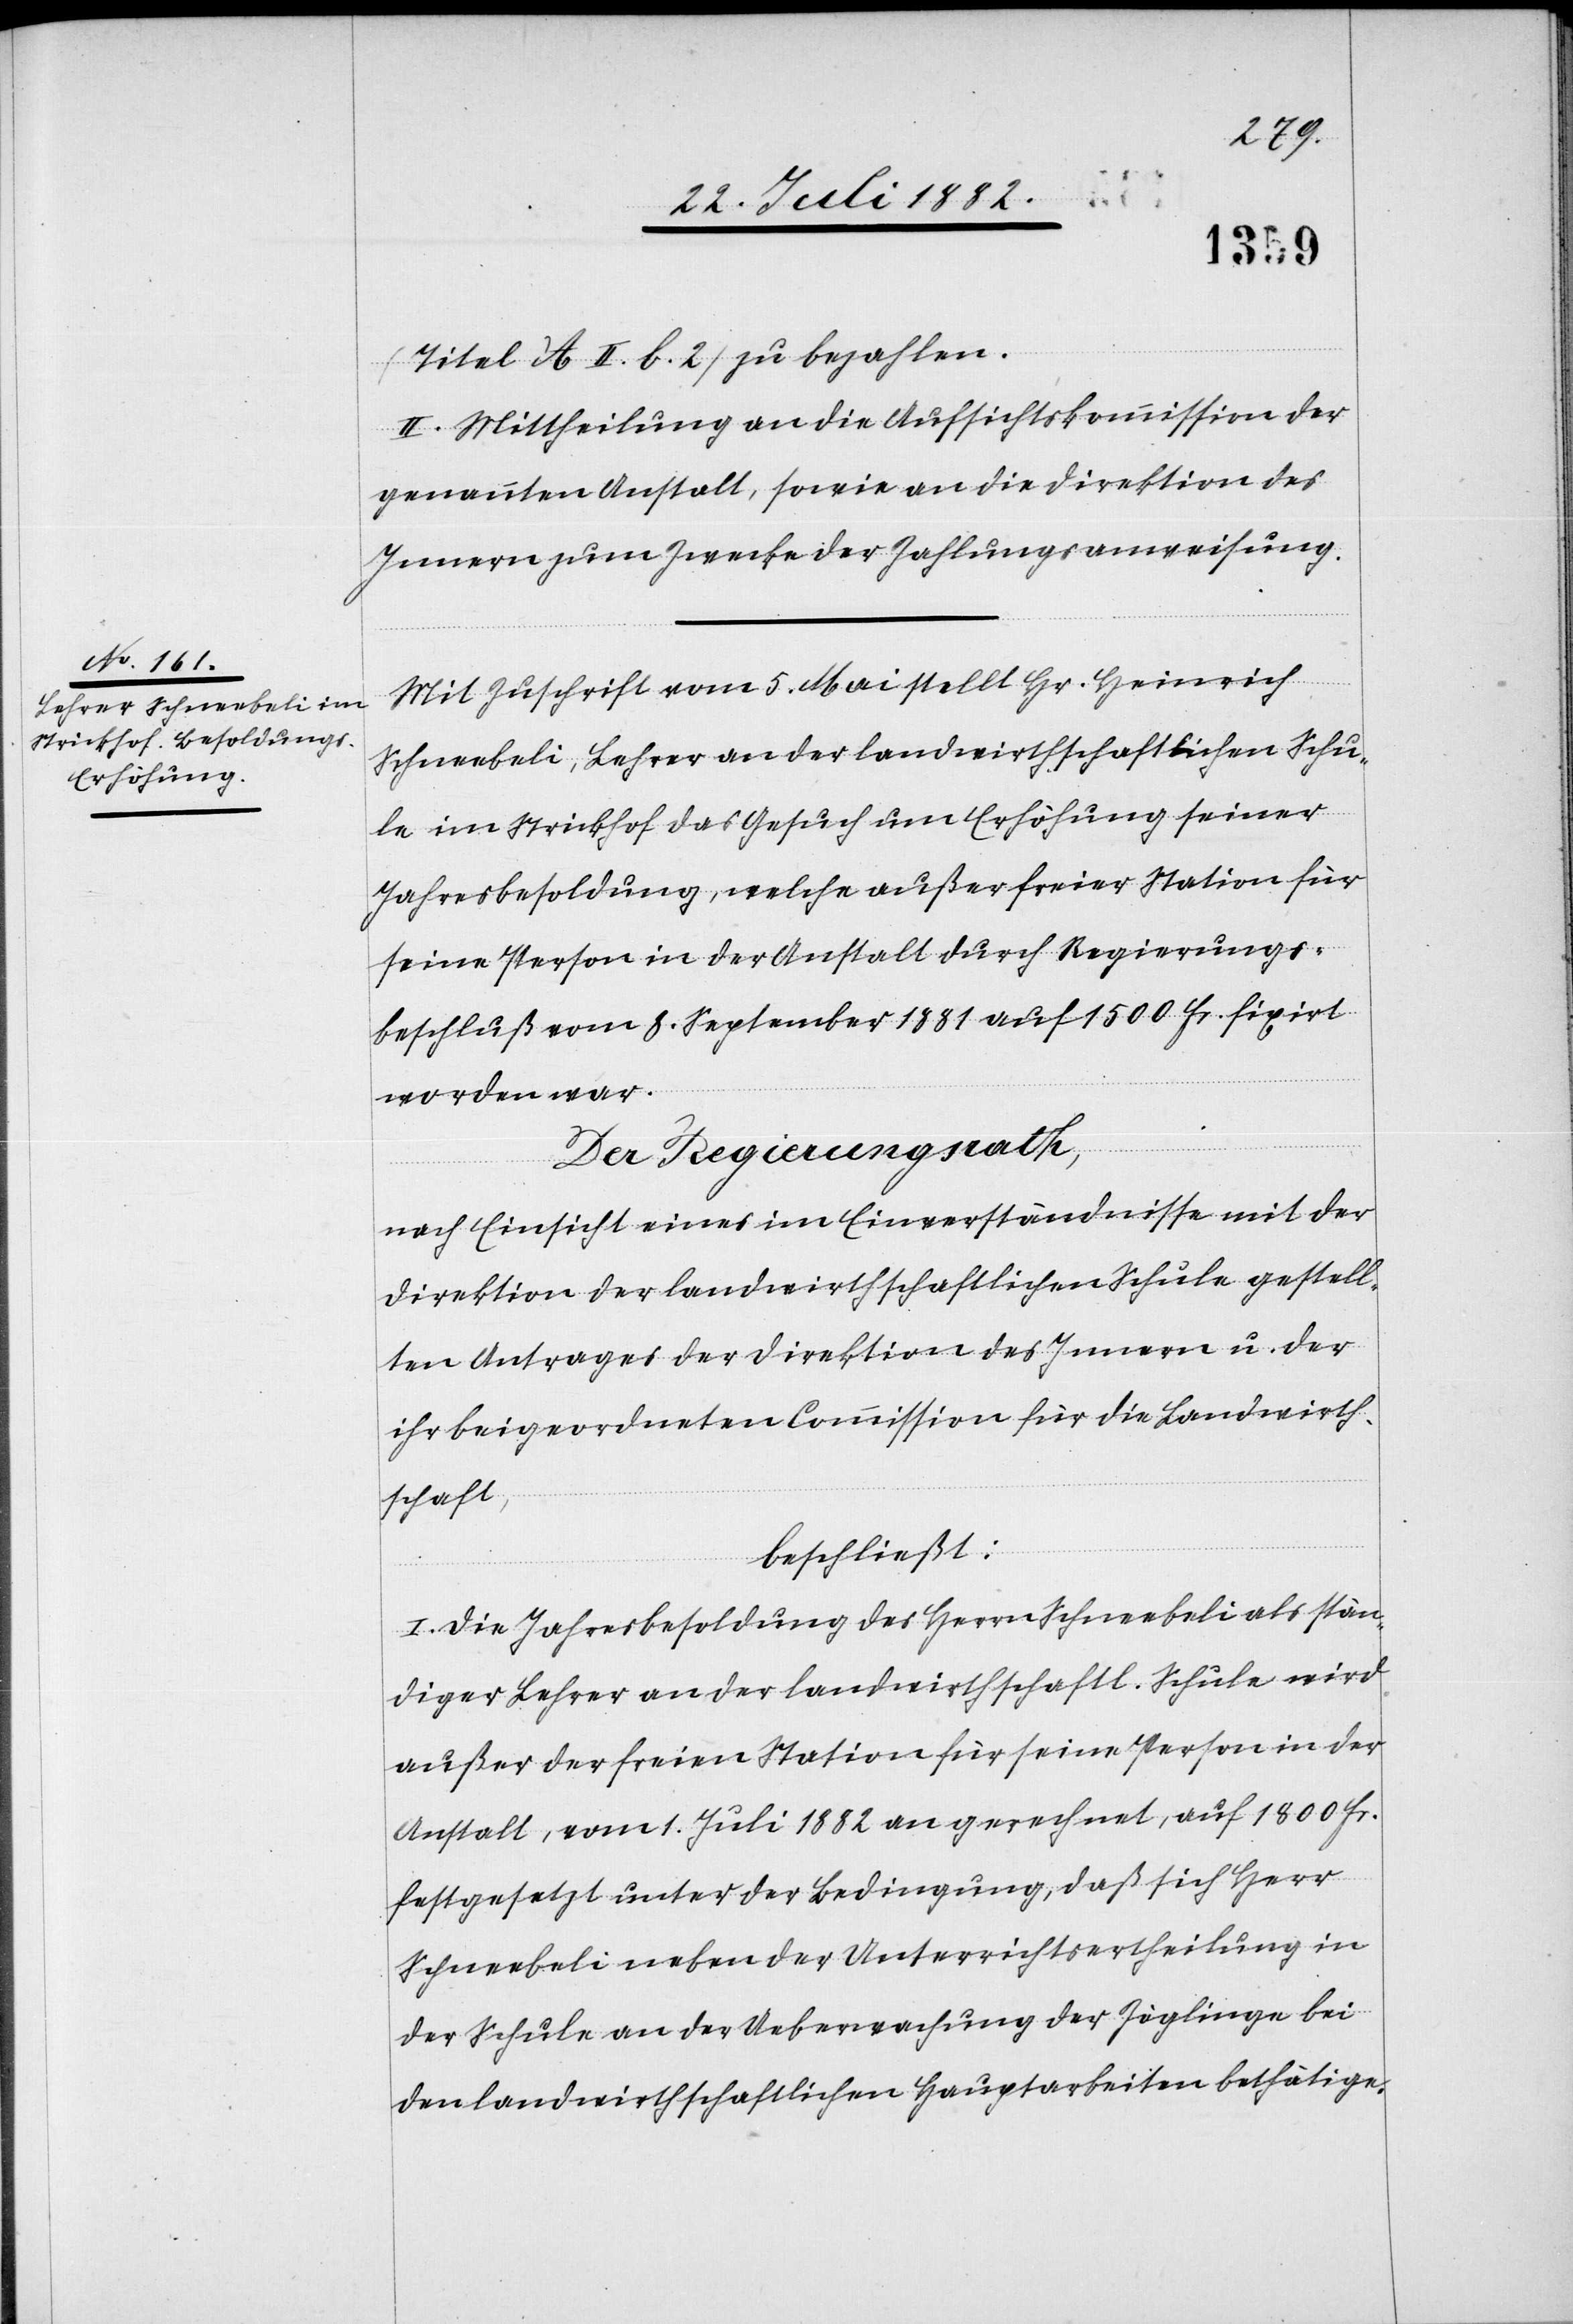
(Titel A II. b. 2) zu bezahlen.
II. Mittheilung an die Aufsichtskommission der
genannten Anstalt, sowie an die Direktion des
Innern zum Zwecke der Zahlungsanweisung.
Mit Zuschrift vom 5. Mai stellt Hr. Heinrich
Schneebeli, Lehrer an der landwirthschaftlichen Schu¬
le im Strickhof das Gesuch um Erhöhung seiner
Jahresbesoldung, welche außer freier Station für
seine Person in der Anstalt durch Regierungs¬
beschluß vom 8. September 1881 auf 1500 Fr. fixirt
worden war.
Der Regierungsrath,
nach Einsicht eines im Einverständnisse mit der
Direktion der landwirthschaftlichen Schule gestell¬
ten Antrages der Direktion des Innern u. der
ihr beigeordneten Commission für die Landwirth¬
schaft,
beschließt:
I. Die Jahresbesoldung des Herrn Schneebeli als stän¬
diger Lehrer an der landwirthschaftl. Schule wird
außer der freien Station für seine Person in der
Anstalt, vom 1. Juli 1882 an gerechnet, auf 1800 Fr.
festgesetzt unter der Bedingung, daß sich Herr
Schneebeli neben der Unterrichtsertheilung in
der Schule an der Ueberwachung der Zöglinge bei
den landwirthschaftlichen Hauptarbeiten bethätige